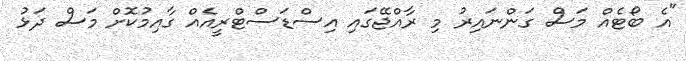
"އެ ބޯޓެއް މަސް ގަންނައިރު މި ރާއްޖޭގައި އިސްޑަސްޓްރީއެއް ގާއިމުކޮށް މަސް ދަޅު